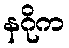
နဂိုက